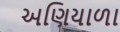
અણિયાળા